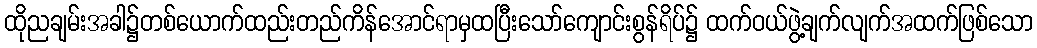
ထိုညချမ်းအခါ၌တစ်ယောက်ထည်းတည်ကိန်အောင်ရာမှထပြီးသော်ကျောင်းစွန်ရိပ်၌ ထက်ဝယ်ဖွဲ့ချက်လျက်အထက်ဖြစ်သော